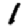
Digit: 1